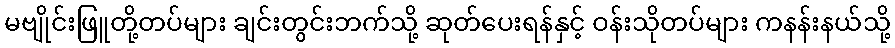
မဗျိုင်းဖြူတို့တပ်များ ချင်းတွင်းဘက်သို့ ဆုတ်ပေးရန်နှင့် ဝန်းသိုတပ်များ ကနန်းနယ်သို့